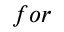
f o r